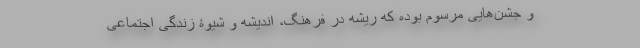
و جشن‌هایی مرسوم بوده که ریشه در فرهنگ، اندیشه و شیوۀ زندگی اجتماعی